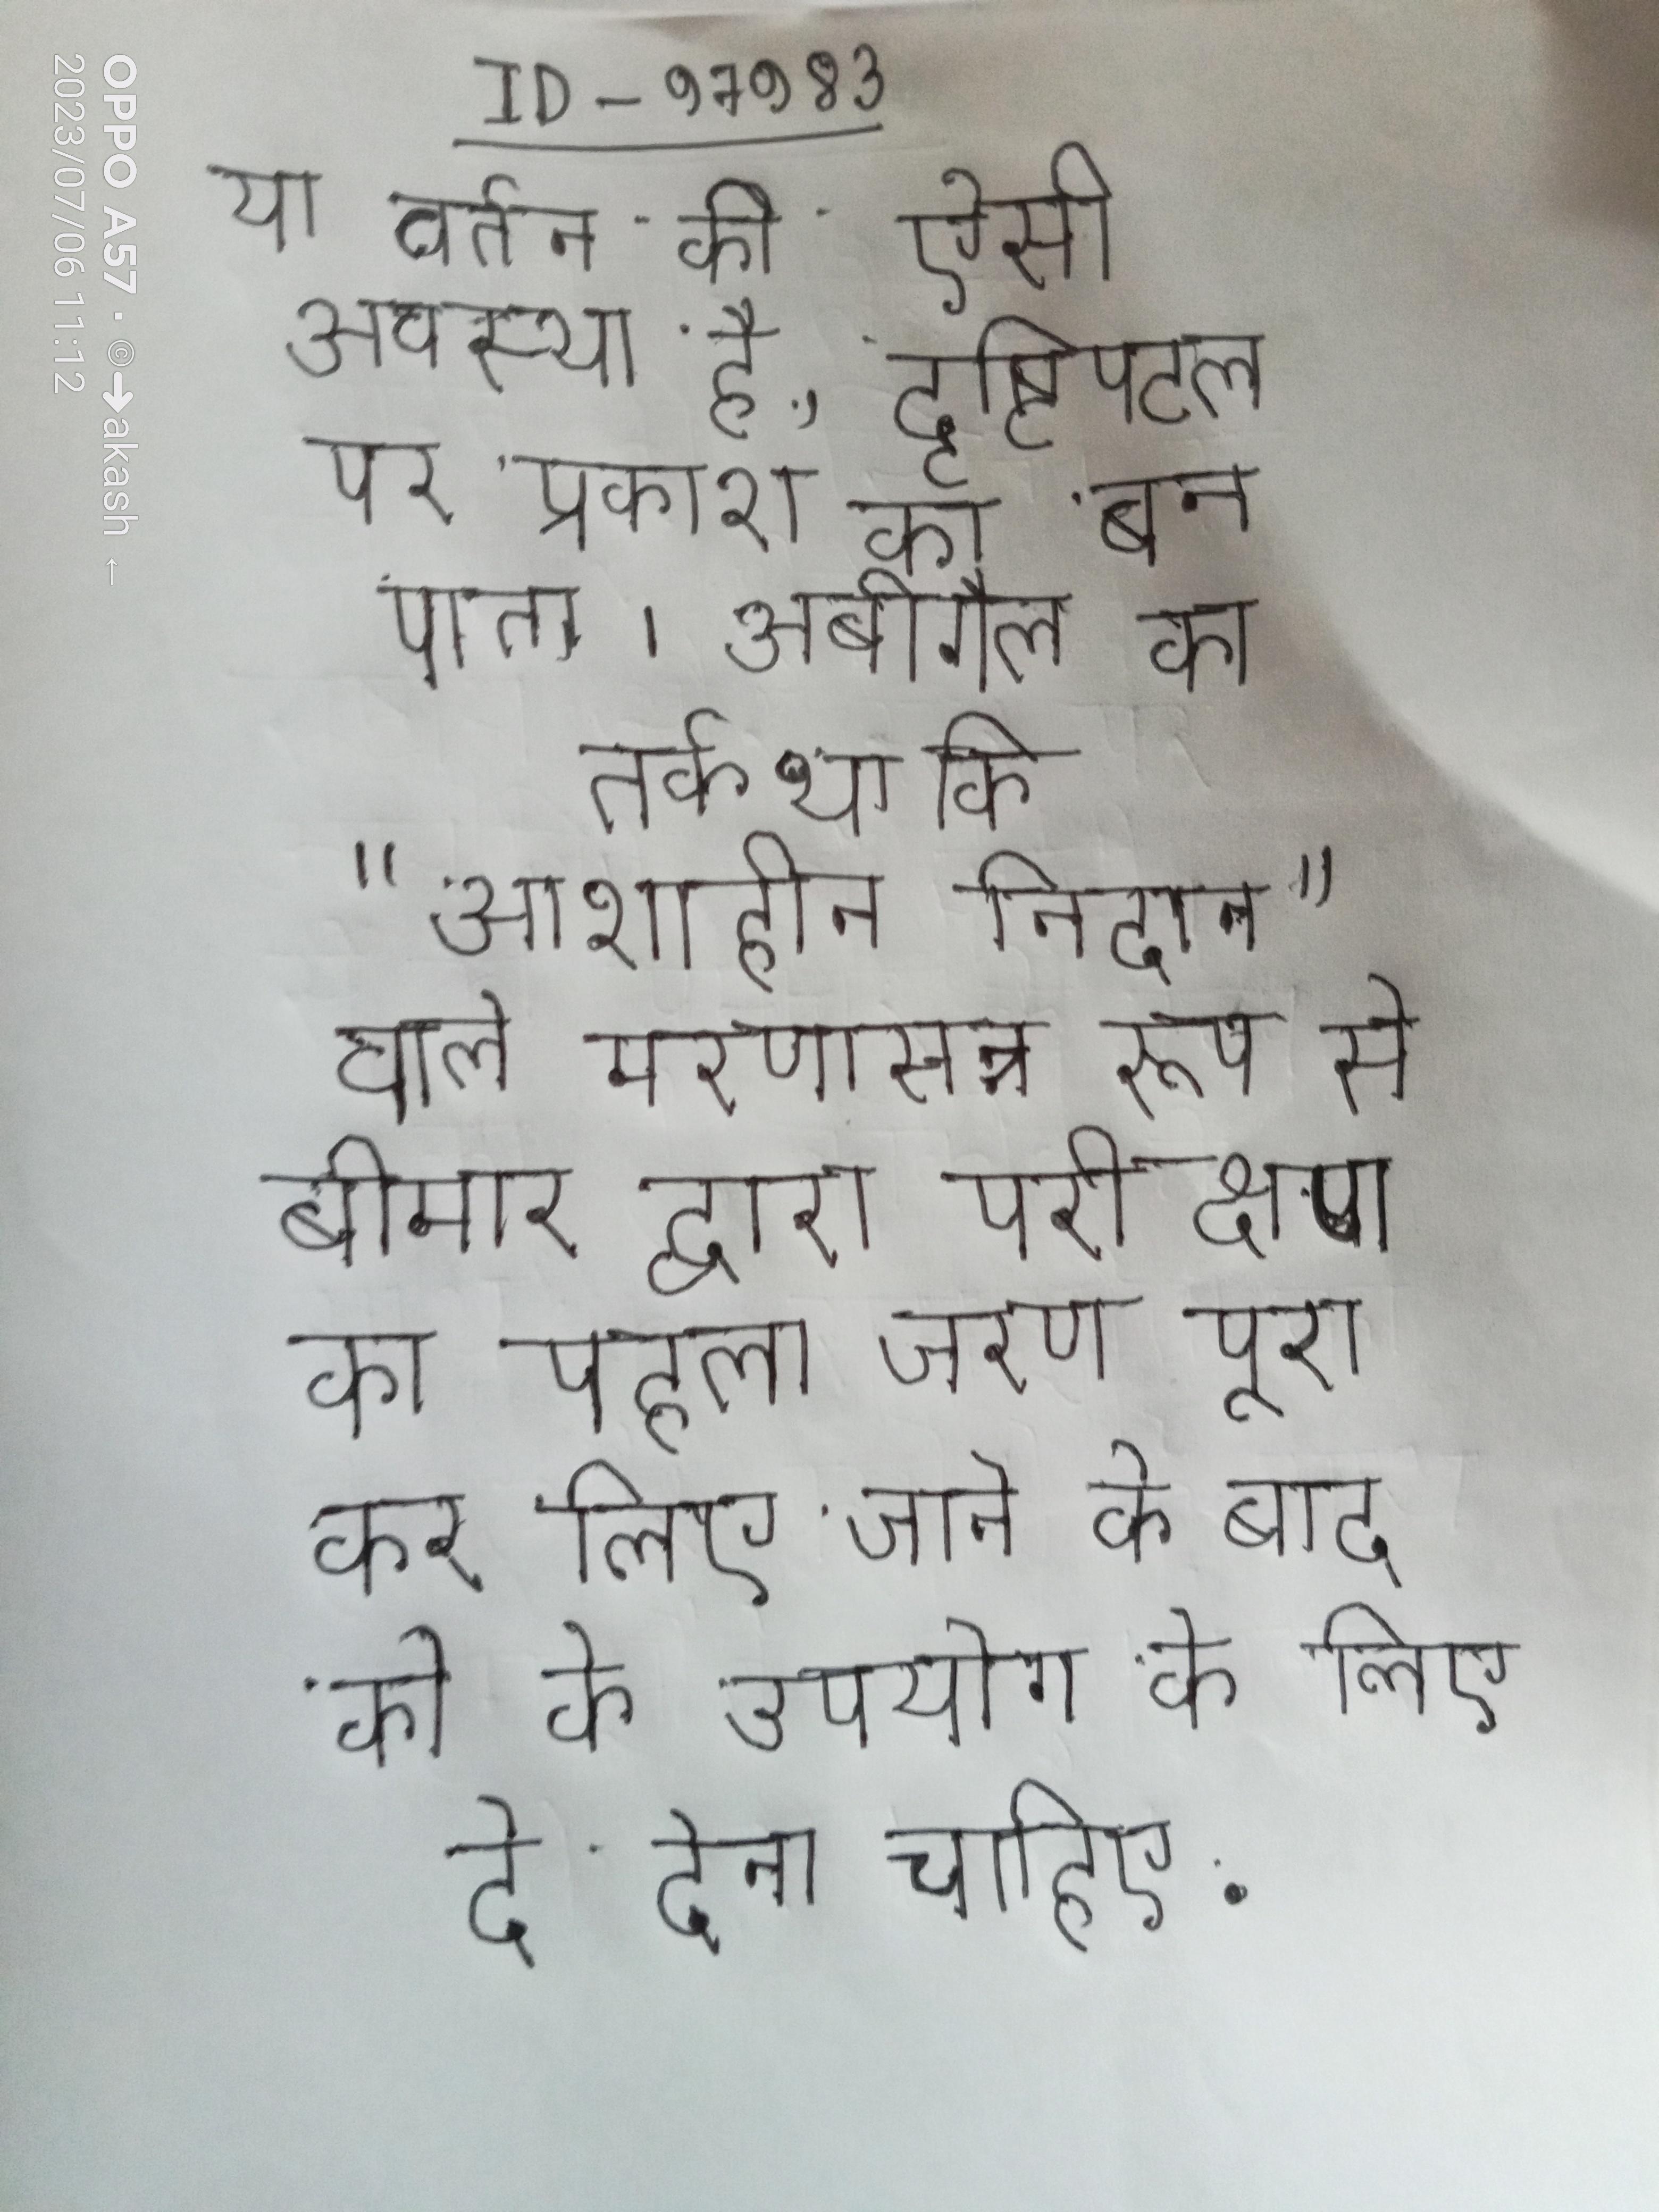
या वर्तन की ऐसी अवस्था है, दृष्टिपटल पर प्रकाश का बन पाता । अबीगैल का तर्क था कि "आशाहीन निदान" वाले मरणासन्न रूप से बीमार द्वारा परीक्षण का पहला चरण पूरा कर लिए जाने के बाद को के उपयोग के लिए दे देना चाहिए .